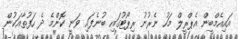
އައިއެމްބީން އެޕްރީލް މަހު ނެރުނު ރިޕޯޓުގައި ބުނެފައި ވަނީ ކޮންމެ ދެ ހަފުތާއަކުން